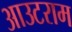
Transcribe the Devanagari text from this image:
आउटराम